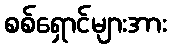
စစ်ရှောင်များအား